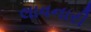
લાવનારી